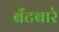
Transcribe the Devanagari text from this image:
बँटबारे